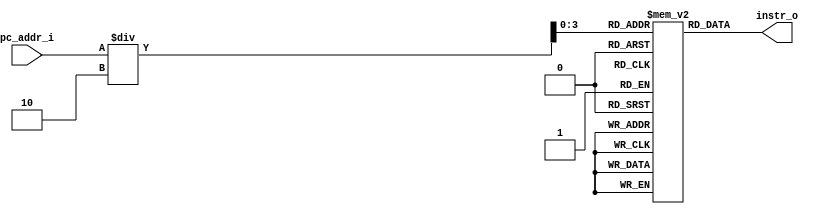
module Instr_Memory( pc_addr_i, instr_o	);

//I/O ports
input  [16-1:0]  pc_addr_i;
output [16-1:0]	 instr_o;

//Internal Signals
reg    [16-1:0]	 instr_o;
integer          i;

//32 words Memory
reg    [16-1:0]  Instr_Mem [0:16-1];

//Parameter
    
//Main function
always @(pc_addr_i) begin
	instr_o = Instr_Mem[pc_addr_i/2];
end
    
//Initial Memory Contents
initial begin
    for ( i=0; i<16; i=i+1 )
	    Instr_Mem[i] = 16'hFFFF;
end

endmodule